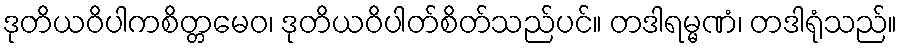
ဒုတိယဝိပါကစိတ္တမေဝ၊ ဒုတိယဝိပါတ်စိတ်သည်ပင်။ တဒါရမ္မဏံ၊ တဒါရုံသည်။